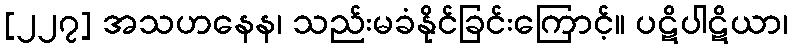
[၂၂၇] အသဟနေန၊ သည်းမခံနိုင်ခြင်းကြောင့်။ ပဋိပါဋိယာ၊